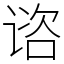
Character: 谘